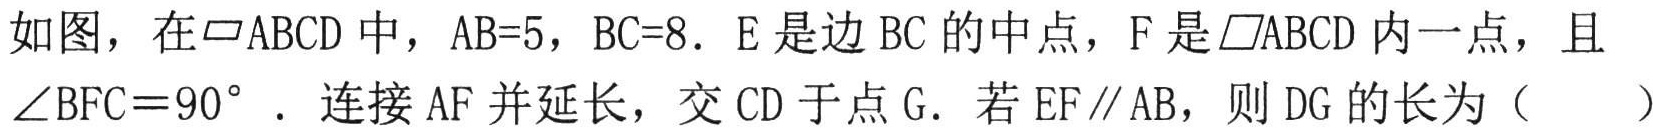
如图，在$\parallelogram ABCD$中，$AB = 5$，$BC = 8$．$E$是边$BC$的中点，$F$是$\parallelogram ABCD$内一点，且$\angle BFC = 90^{\circ}$．连接$AF$并延长，交$CD$于点$G$．若$EF\parallel AB$，则$DG$的长为（  ）